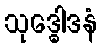
သုဒ္ဓေါဒနံ